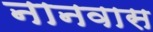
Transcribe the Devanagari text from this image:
नानवास